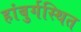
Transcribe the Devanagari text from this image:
हांबुर्गस्थित